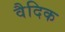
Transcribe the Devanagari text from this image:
वैदिक